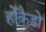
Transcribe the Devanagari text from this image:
होकैडो